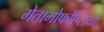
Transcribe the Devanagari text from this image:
मेतामोर्फोप्सिया